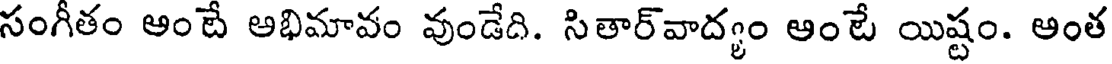
సంగీతం ఆంటే అభిమావం వుండేది. సితార్వాద్యం ఆంటే యిష్టం. ఆంత